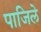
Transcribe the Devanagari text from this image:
पाजिले